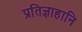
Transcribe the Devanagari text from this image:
प्रतिज्ञाहानि